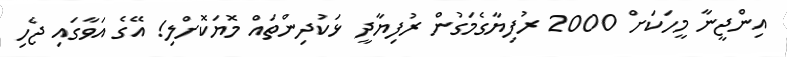
އިންޖީނާ މީހަކަށް 2000 ރުފިޔާގެމަގުން ރުފިޔާދީ ޅަކުދިންތައް މޮޔަކޮށްލި! އޭގެ އަވާގައި ޖެހި